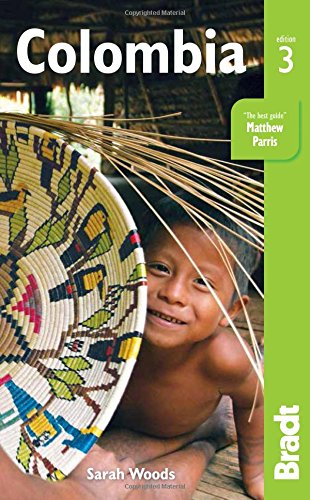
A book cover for Colombia (Bradt Travel Guide); Sarah Woods; Travel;